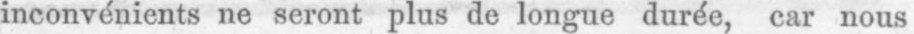
inconvénients ne seront plus de longue durée, car nous